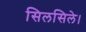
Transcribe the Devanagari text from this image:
सिलसिले।